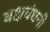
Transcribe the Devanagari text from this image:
वक्षबंधनी